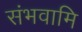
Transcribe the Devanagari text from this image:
संभवामि